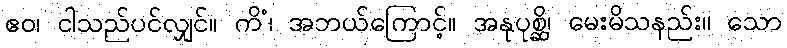
ဧဝ၊ ငါသည်ပင်လျှင်။ ကိံ၊ အဘယ်ကြောင့်။ အနုပုစ္ဆိ၊ မေးမိသနည်း။ သော